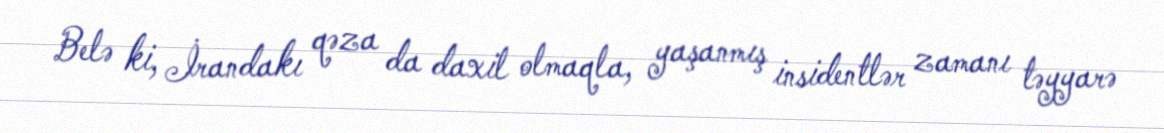
Belə ki, İrandakı qəza da daxil olmaqla, yaşanmış insidentlər zamanı təyyarə